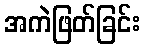
အကဲဖြတ်ခြင်း